system: You are a helpful assistant.
user:
Analyze the provided spectrum to determine if it is a **M-type Giant (gM)**.

A M-type Giant spectrum is defined by its **strong molecular absorption** features, particularly from **Titanium Oxide (TiO)**. You must check for one of the following mutually exclusive signatures:

- **Key Visual Indicators (Absorption-Dominated Spectrum):**

    - **(Primary):** The spectrum is dominated by strong molecular absorption from **Titanium Oxide (TiO)**. This is the **defining feature** of its M-type temperature class.
        - **(Key Bandheads):** Look for sharp, "saw-tooth" absorption valleys. The strongest are located near **~7050 Å**, **~6160 Å**, and **~5170 Å**.
        - **(Line Profile):** The "saw-tooth" morphology is critical: a **sharp, steep drop on the BLUE (short-wavelength) side** of the bandhead, followed by a gradual recovery (rising flux) towards the RED (long-wavelength) side.

    - **(Key Confirmation - Giant vs. Dwarf):** **ABSENCE** of strong **Calcium Hydride (CaH)** molecular bands. This is the primary diagnostic for *excluding* M-dwarfs.
        - **(Key Region):** The spectrum should lack the strong, broad absorption band seen in dwarfs between **~6800 Å and ~7000 Å**.

    - **(Secondary Confirmation - Giant):** A very strong and broad **Neutral Calcium (Ca I)** atomic absorption line.
        - **(Key Line):** Located at **~4226 Å**. In a giant (gM), this line is significantly deeper and broader than the same line in an M-dwarf (dM) due to low surface gravity.

    - **(Overall Spectrum):**
        - The continuum is **extremely red-sloping** (i.e., flux is very low in the blue and rises dramatically towards the red).
        - The entire spectrum appears "chopped up" by the deep TiO bands.

Think first, call **spectral_visualization_tool** if needed to examine features in detail, then provide your final answer. Your response must adhere to the following strict rules:
1.  **Overall Structure:** Your response must follow the format `<think>...</think> <tool_call>...</tool_call> (if a tool is used) <answer>...</answer>`.
2.  **Tool Usage Constraint:** You may only make **one** tool call per turn.
3.  **Final Answer Format:** In the `<answer>` tag, your conclusion must be inside a `\boxed{}` command (e.g., `\boxed{YES}` or `\boxed{NO}`), followed by your justification.

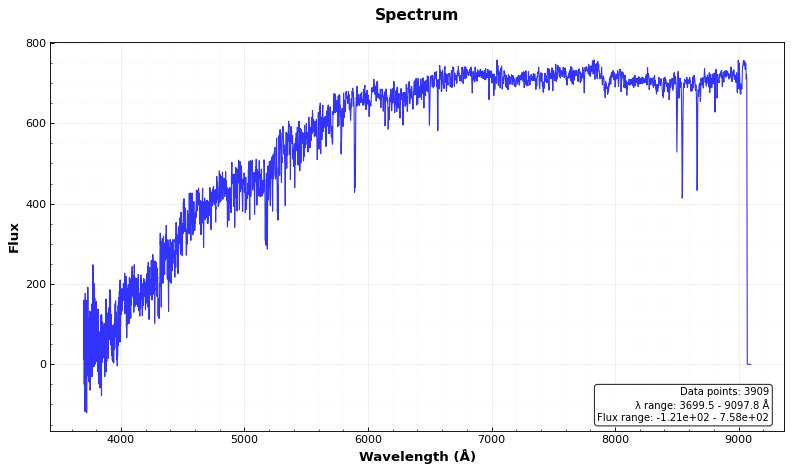
Answer: NO